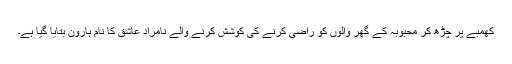
کھمبے پر چڑھ کر محبوبہ کے گھر والوں کو راضی کرنے کی کوشش کرنے والے نامراد عاشق کا نام ہارون بتایا گیا ہے۔